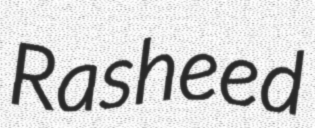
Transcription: Rasheed